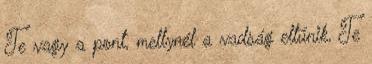
Te vagy a pont, mellynél a vadság eltűnik, Te